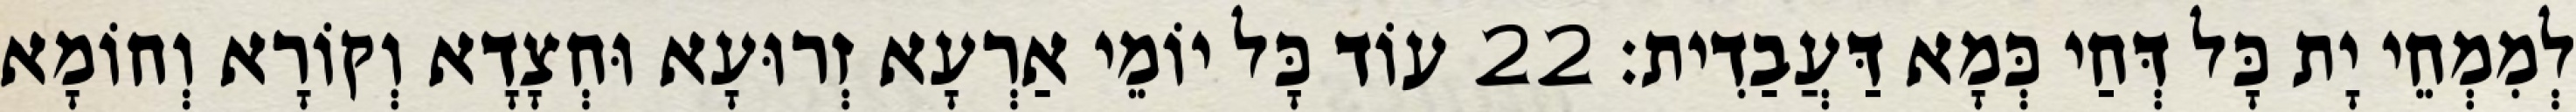
לְמִמְחֵי יָת כָּל דְּחַי כְּמָא דַּעֲבַדִית׃ 22 עוֹד כָּל יוֹמֵי אַרְעָא זְרוּעָא וּחְצָדָא וְקוֹרָא וְחוֹמָא